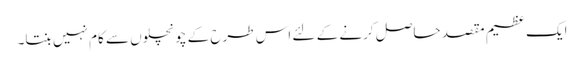
ایک عظیم مقصد حاصل کرنے کے لئے اس طرح کے چونچلوں سے کام نہیں بنتا۔